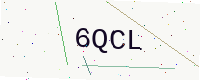
Text: 6QCL